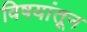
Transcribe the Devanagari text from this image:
विषयांतून